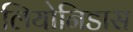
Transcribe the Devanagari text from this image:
लियोनिडास